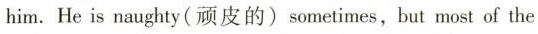
him. He is naughty（顽皮的）sometimes，but most of the